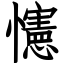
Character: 㦥